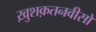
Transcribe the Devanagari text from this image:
ख़ुशक़तनवीसों